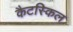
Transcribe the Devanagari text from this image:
कैटस्किल